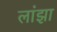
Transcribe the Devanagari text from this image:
लांझा